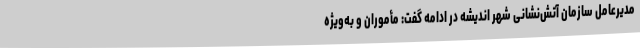
مدیرعامل سازمان آتش‌نشانی شهر اندیشه در ادامه گفت: مأموران و به‌ویژه